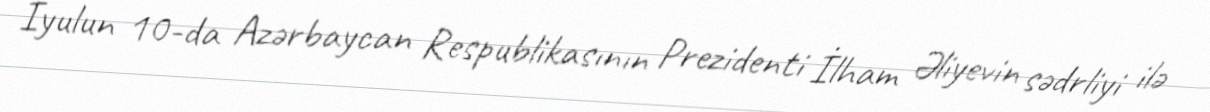
İyulun 10-da Azərbaycan Respublikasının Prezidenti İlham Əliyevin sədrliyi ilə